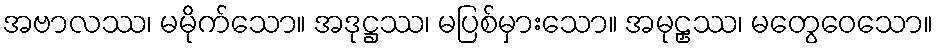
အဗာလဿ၊ မမိုက်သော။ အဒုဋ္ဌဿ၊ မပြစ်မှားသော။ အမုဠှဿ၊ မတွေဝေသော။